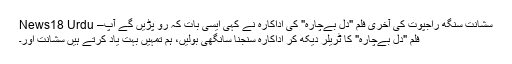
سشانت سنگھ راجپوت کی آخری فلم "دل بےچارہ" کی اداکارہ نے کہی ایسی بات کہ رو پڑیں گے آپ– News18 Urdu
فلم "دل بےچارہ" کا ٹریلر دیکھ کر اداکارہ سنجنا سانگھی بولیں، ہم تمہیں بہت یاد کرتے ہیں سشانت اور۔